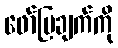
ဖော်ပြချက်ကို